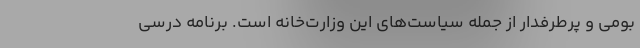
بومی و پرطرفدار از جمله سیاست‌های این وزارت‌خانه است. برنامه درسی